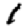
Digit: 1